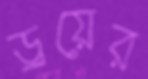
ড্রয়ের